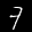
Digit: 7